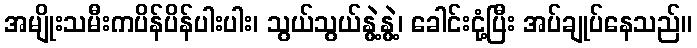
အမျိုးသမီးကပိန်ပိန်ပါးပါး၊ သွယ်သွယ်နွဲ့နွဲ့၊ ခေါင်းငုံ့ပြီး အပ်ချုပ်နေသည်။